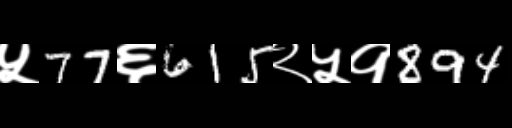
Text: ५77६615२५१894